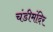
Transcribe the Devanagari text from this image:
चंडीमंदिर